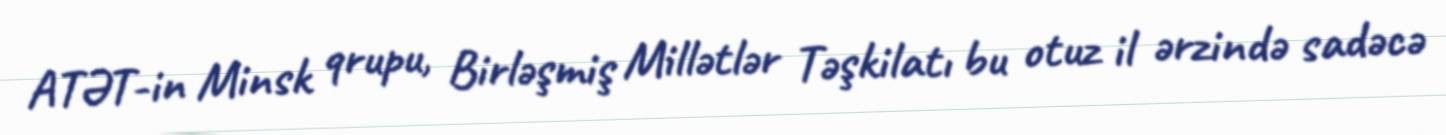
ATƏT-in Minsk qrupu, Birləşmiş Millətlər Təşkilatı bu otuz il ərzində sadəcə